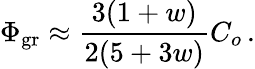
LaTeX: \Phi_{\mathrm{gr}}\approx{\frac{3(1+w)}{2(5+3w)}}C_{o}\, .